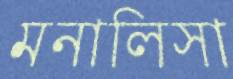
মনালিসা